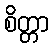
စိတ္တာ